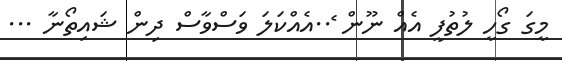
މީގަ ގޯހީ ލުތުފީ އެއް ނޫން ެ..އެއްކަލަ ވަަސްވާސް ދިން ޝައިތޯނާ ...